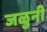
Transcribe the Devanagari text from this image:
जळुनी